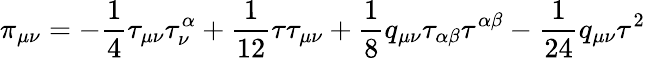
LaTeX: \pi_{\mu\nu}=-\frac{1}{4}\tau_{\mu\nu}\tau_{\nu}^{\alpha}+\frac{1}{12}\tau\tau_{\mu\nu}+\frac{1}{8}q_{\mu\nu}\tau_{\alpha\beta}\tau^{\alpha\beta}-\frac{1}{24}q_{\mu\nu}\tau^{2}